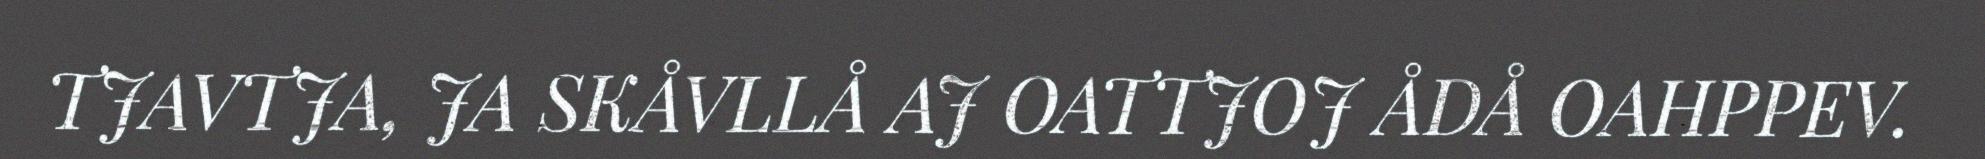
TJAVTJA, JA SKÅVLLÅ AJ OATTJOJ ÅDÅ OAHPPEV.